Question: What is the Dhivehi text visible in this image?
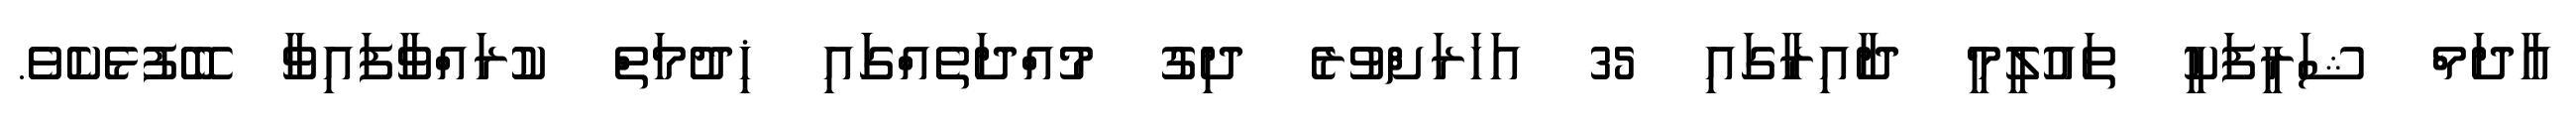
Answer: އާދަމް ޝަރީފަކީ ތައުލީމީ ދާއިރާގައި 35 އަހަރަށްވުރެ ދިގު މުއްދަތެއްގަައި ޚިދުމަތް ކުރައްވާފައިވާ ބޭފުޅެކެވެ.